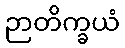
ဉာတိက္ခယံ